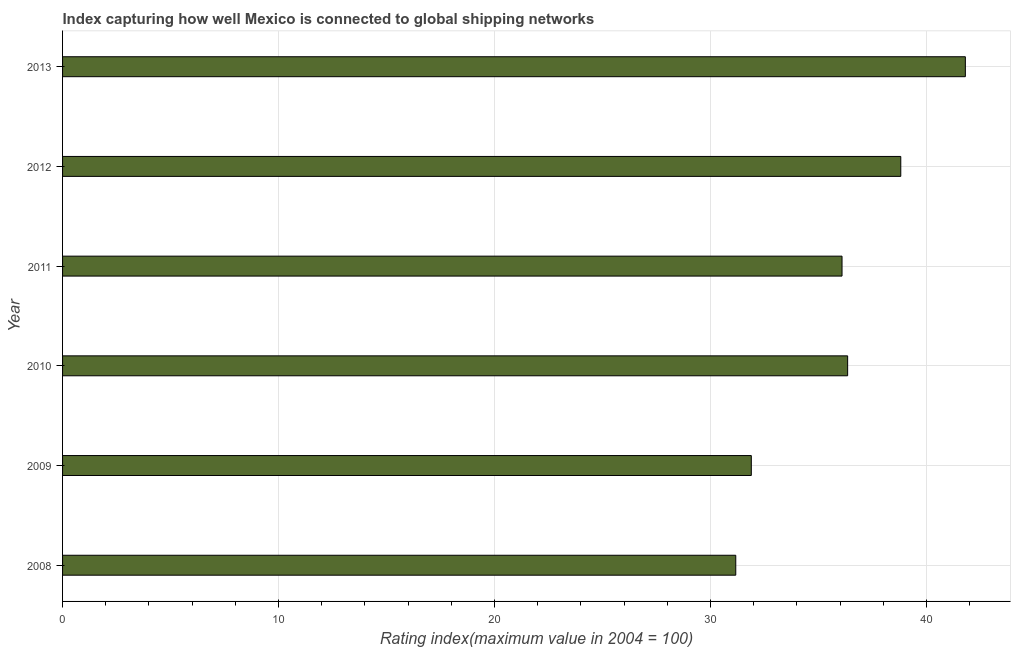
| Year | Liner shipping connectivity index  |
 | --- | --- |
 | 2008 | 31.2 |
 | 2009 | 31.9 |
 | 2010 | 36.4 |
 | 2011 | 36.1 |
 | 2012 | 38.8 |
 | 2013 | 41.8 |